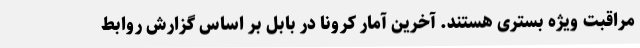
مراقبت ویژه بستری هستند. آخرین آمار کرونا در بابل بر اساس گزارش روابط‌